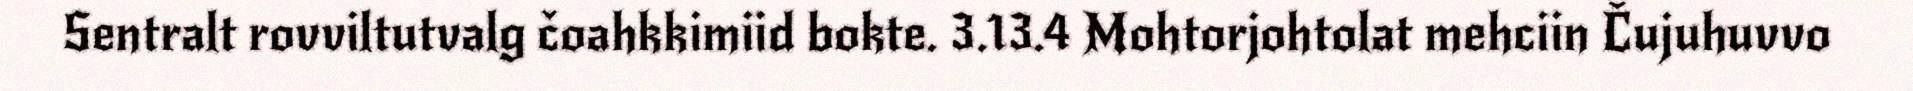
Sentralt rovviltutvalg čoahkkimiid bokte. 3.13.4 Mohtorjohtolat mehciin Čujuhuvvo